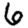
Digit: 6